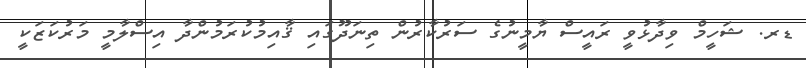
ޑރ. ޝަހީމް ވިދާޅުވީ ރައީސް ޔާމީނުގެ ސަރުކާރުން ތިނަދޫގައި ޤާއިމުކުރަމުންދާ އިސްލާމީ މަރުކަޒަކީ